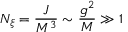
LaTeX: N _ { \xi } = { \frac { J } { M ^ { 3 } } } \sim { \frac { g ^ { 2 } } { M } } \gg 1